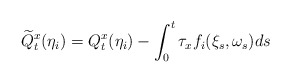
\begin{align*}\widetilde Q_t^x (\eta_i) = Q_t^x (\eta_i) - \int_0^t \tau_x f_i (\xi_s,\omega_s) ds \end{align*}